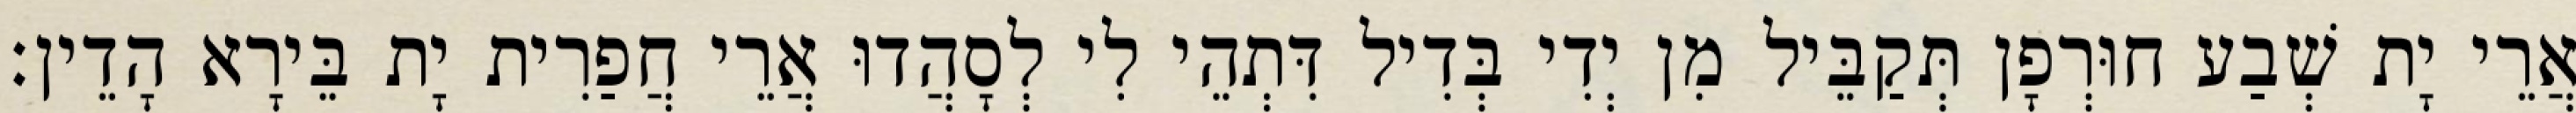
אֲרֵי יָת שְׁבַע חוּרְפָן תְּקַבֵּיל מִן יְדִי בְּדִיל דִּתְהֵי לִי לְסָהֲדוּ אֲרֵי חֲפַרִית יָת בֵּירָא הָדֵין׃